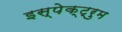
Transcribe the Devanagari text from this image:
इस्पेक्ट्रुम